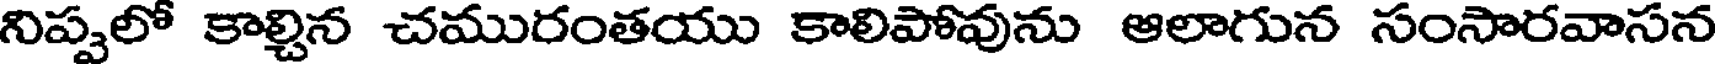
నిప్పలో కాల్చిన చమురంతయు కాలిపోవును ఆలాగున సంసారవాసన